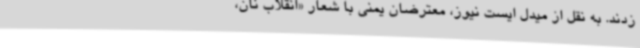
زدند. به نقل از میدل ایست نیوز، معترضان یمنی با شعار «انقلاب نان،